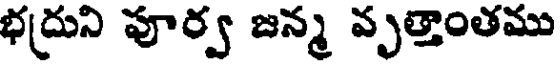
భద్రుని పూర్వ జన్మ వృత్తాంతము